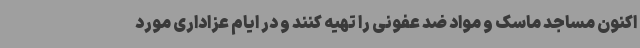
اکنون مساجد ماسک و مواد ضد عفونی را تهیه کنند و در ایام عزاداری مورد